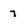
Character: 7